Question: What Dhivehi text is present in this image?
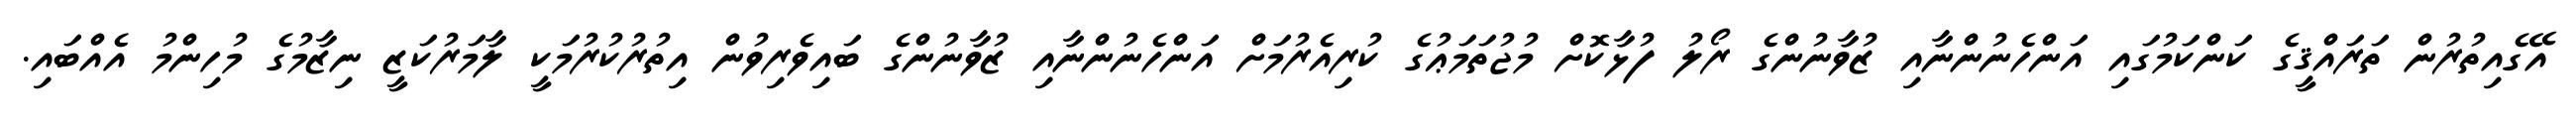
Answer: އޭގެއިތުރުން ތަރައްޤީގެ ކަންކަމުގައި އަންހެނުންނާއި ޒުވާނުންގެ ރޯލު ފުޅާކޮށް މުޖުތަމަޢުގެ ކުރިއެރުމަށް އަންހެނުންނާއި ޒުވާނުންގެ ބައިވެރިވުން އިތުރުކުރުމަކީ ލާމަރުކަޒީ ނިޒާމުގެ މުހިންމު އެއްބައި.